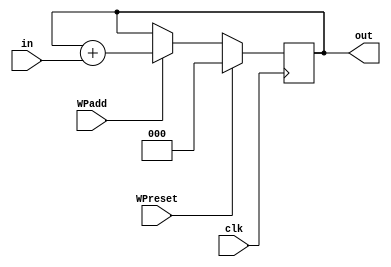
//----------------------------------------------------------------------
//--SAYEH(Simple Architecture Yet Enough Hardware) CPU
//----------------------------------------------------------------------
//Window Pointer

`timescale 1 ns /1 ns

module WindowPointer (in, clk, WPreset, WPadd, out);
input [2:0] in;
input clk, WPreset, WPadd;
output [2:0] out;
reg [2:0] out;

	always @(posedge clk)
		if (WPreset == 1) out = 0;
		else if (WPadd == 1) begin
			out = out + in;
		end

endmodule